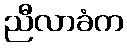
ညီလာခံက